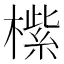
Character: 橴